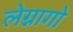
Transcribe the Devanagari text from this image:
लेग्नागो